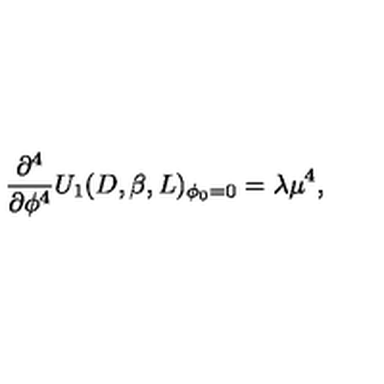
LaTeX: \frac { \partial ^ { 4 } } { \partial \phi ^ { 4 } } U _ { 1 } ( D , \beta , L ) _ { \phi _ { 0 } = 0 } = \lambda \mu ^ { 4 } ,